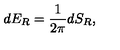
d E _ { R } = { \frac { 1 } { 2 \pi } } d S _ { R } ,